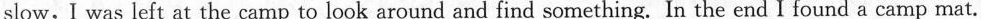
slow, I was left at the camp to look around and find something. In the end I found a camp mat.